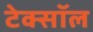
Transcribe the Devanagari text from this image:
टेक्सॉल